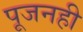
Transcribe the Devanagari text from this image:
पूजनही